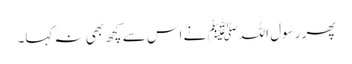
پھر رسول اللہﷺ نے اس سے کچھ بھی نہ کہا۔